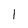
Character: 1